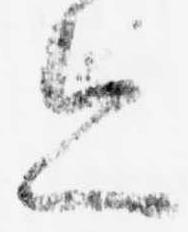
亦